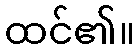
ထင်၏။